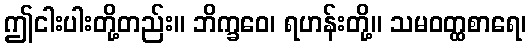
ဤငါးပါးတို့တည်း။ ဘိက္ခဝေ၊ ရဟန်းတို့။ သမဝတ္ထစာရေ၊